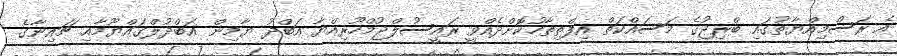
އެ ރަސްމިއްޔާތުގައި ބްރިޖުގެ މަސައްކަތް އިފްތިތާހުކޮށްދެއްވީ ރައީސުލްޖުމްހޫރިއްޔާ އަބްދު ޔާމިން އަބްދުލްގައްޔޫމާއި ޗައިނާގެ